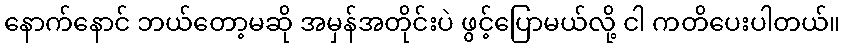
နောက်နောင် ဘယ်တော့မဆို အမှန်အတိုင်းပဲ ဖွင့်ပြောမယ်လို့ ငါ ကတိပေးပါတယ်။